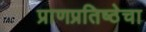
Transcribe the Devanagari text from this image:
प्राणप्रतिष्ठेचा